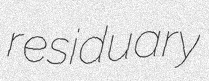
residuary